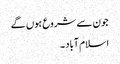
جون سے شروع ہوں گے
اسلام آباد ۔